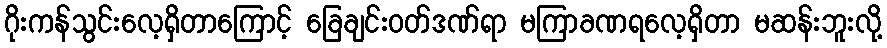
ဂိုးကန်သွင်းလေ့ရှိတာကြောင့် ခြေချင်းဝတ်ဒဏ်ရာ မကြာခဏရလေ့ရှိတာ မဆန်းဘူးလို့